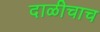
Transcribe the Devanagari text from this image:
दाळीचाच